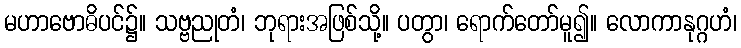
မဟာဗောဓိပင်၌။ သဗ္ဗညုတံ၊ ဘုရားအဖြစ်သို့။ ပတွာ၊ ရောက်တော်မူ၍။ လောကာနုဂ္ဂဟံ၊